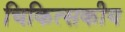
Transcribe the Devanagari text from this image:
चिकित्‍सकीय